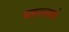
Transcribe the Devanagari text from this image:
पसरल्याने